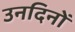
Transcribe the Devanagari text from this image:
उनदिनों